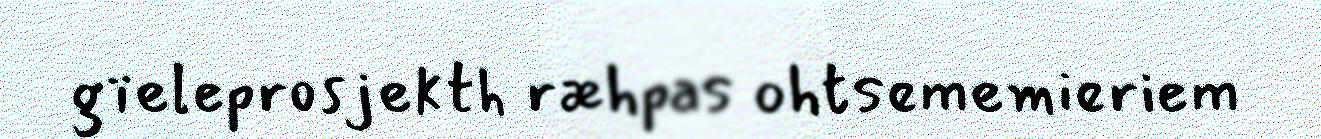
gïeleprosjekth ræhpas ohtsememieriem